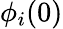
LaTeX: \phi_{i}(0)